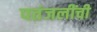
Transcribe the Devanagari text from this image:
पतंजलींची